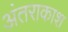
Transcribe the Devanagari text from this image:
अंतराकाश